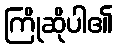
ကြိုဆိုပါ၏